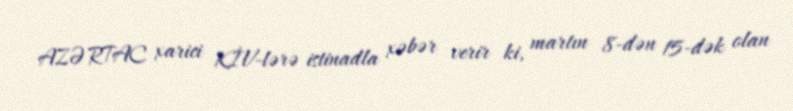
AZƏRTAC xarici KİV-lərə istinadla xəbər verir ki, martın 8-dən 15-dək olan